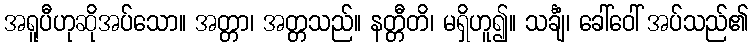
အရူပီဟုဆိုအပ်သော။ အတ္တာ၊ အတ္တသည်။ နတ္တီတိ၊ မရှိဟူ၍။ သင်္ချံ၊ ခေါ်ဝေါ် အပ်သည်၏